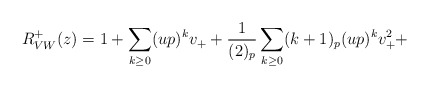
\begin{align*}R^+_{VW}(z) =1+\sum_{k\geq 0}(up)^kv_++\frac{1}{(2)_p}\sum_{k\geq 0}(k+1)_p(up)^kv_+^2+\end{align*}